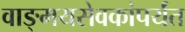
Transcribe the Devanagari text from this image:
वाङ्मयसेवकांपर्यंत